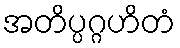
အတိပ္ပဂ္ဂဟိတံ